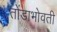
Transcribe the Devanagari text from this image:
तोंडाभोवती